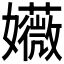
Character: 𫲛